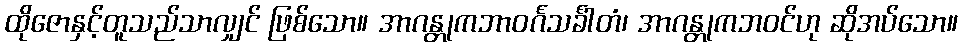
ထိုဇောနှင့်တူသည်သာလျှင် ဖြစ်သော။ အာဂန္တုကဘာဝင်္ဂသင်္ခါတံ၊ အာဂန္တုကဘဝင်ဟု ဆိုအပ်သော။